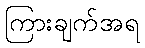
ကြားချက်အရ